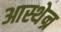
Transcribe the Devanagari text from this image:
आस्थेन्र